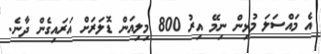
އެ މައްސަލަ މުޅިން ނިމޭ އިރު 800 މިލިއަން ޑޮލަރަށް އަރައިގެން ދާނެ.